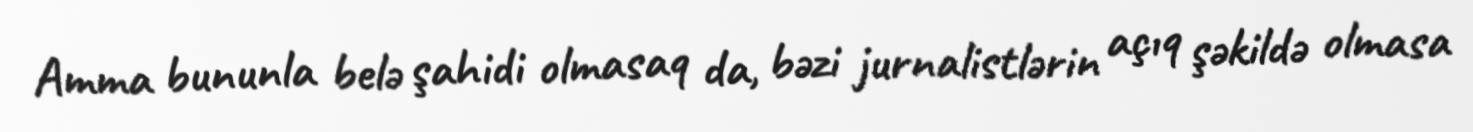
Amma bununla belə şahidi olmasaq da, bəzi jurnalistlərin açıq şəkildə olmasa